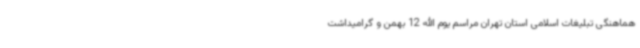
هماهنگی تبلیغات اسلامی استان تهران مراسم یوم الله 12 بهمن و گرامیداشت